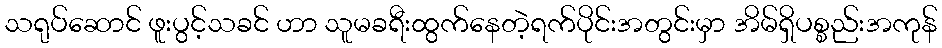
သရုပ်ဆောင် ဖူးပွင့်သခင် ဟာ သူမခရီးထွက်နေတဲ့ရက်ပိုင်းအတွင်းမှာ အိမ်ရှိပစ္စည်းအကုန်